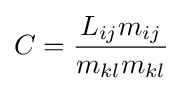
C={\frac {L_{ij}m_{ij}}{m_{kl}m_{kl}}}